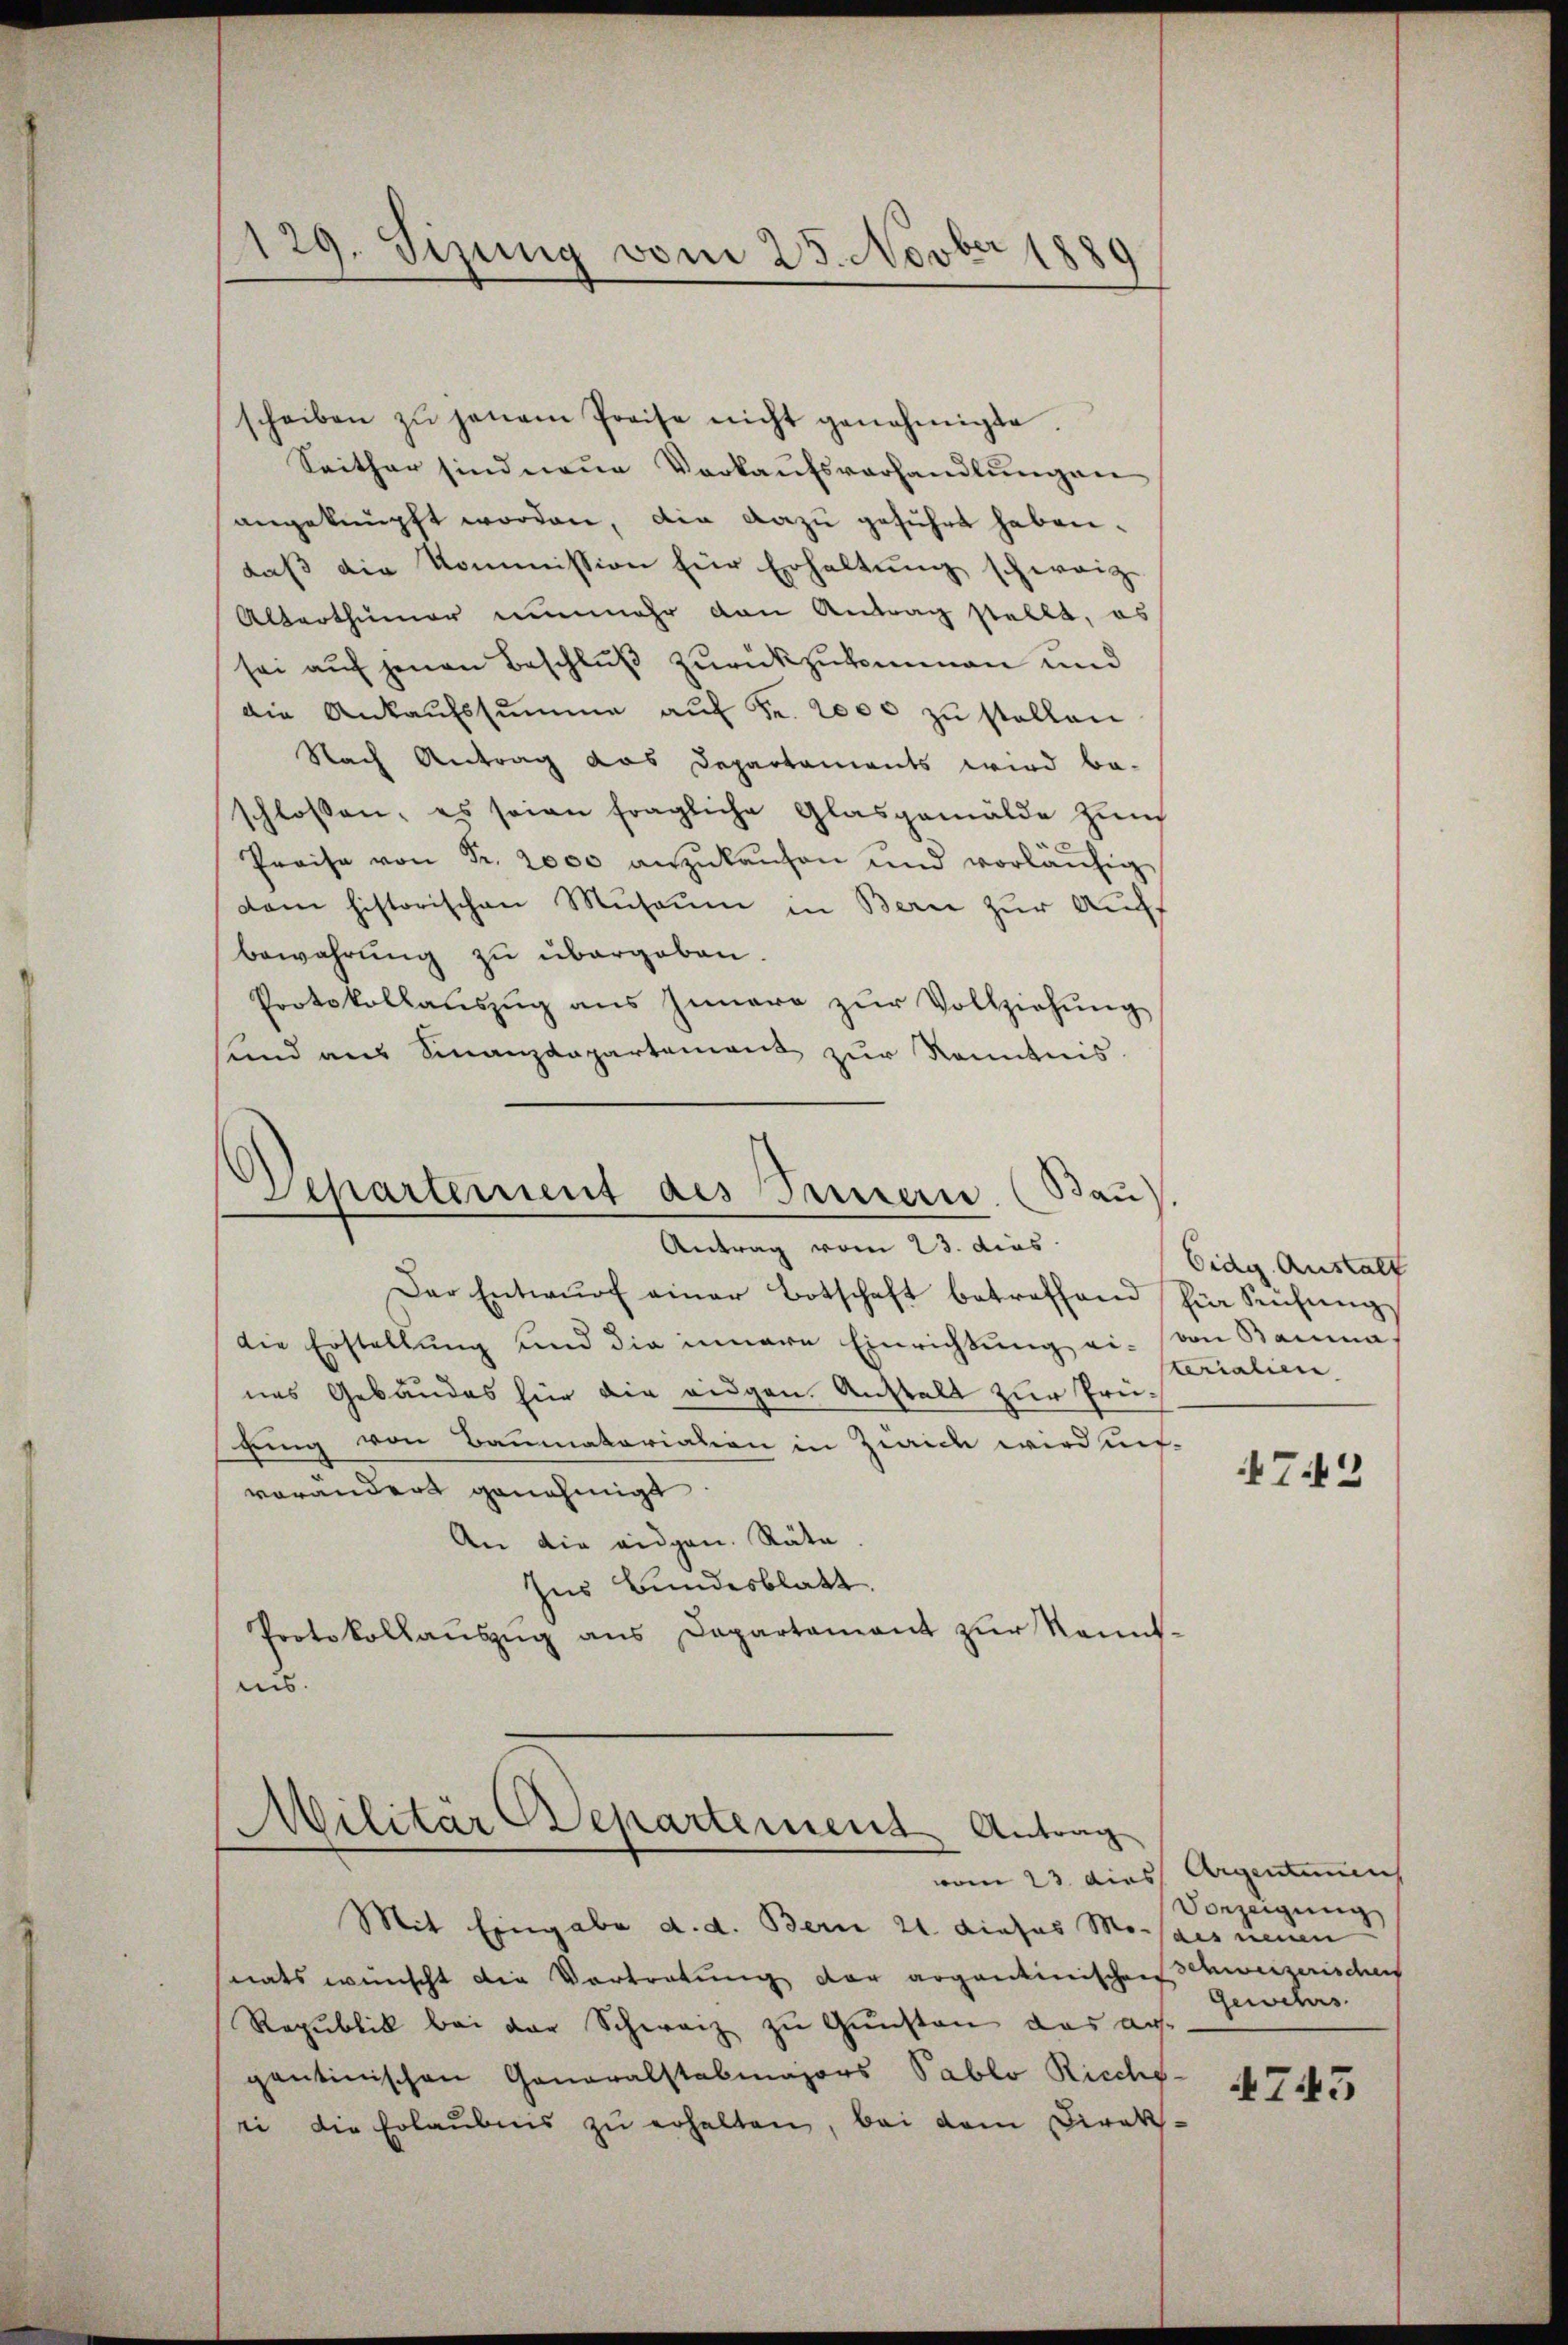
129. Sizung vom 25. Novber 188

scheiben zŭ jenem Preise nicht genehmigte.
Seither sind neue Verkaufsverhandlungen
angeknüpft worden, die dazu geführt haben.
daß die Kommission für Erhaltung schweize
Alterthümer nunmehr den Antrag stellt, es
sei auf jenen Beschluß zurückzukommen und
die Ankaŭfssumme aŭf Fr. 2000 zu stellen
Nach Antrag das Departaments wird be-
schlossen, es seien fragliche Glasgemälde zur
Preise von Fr. 2000 anzŭkaŭfen und vorläŭfig
dam historischen Museum in Bern zur Auff
bewahrung zu übergeben.
Protokollaŭszŭg ans Innere zŭr Vollziehŭng
sund aus Finanzdepartement zur Kenntnis

Bau
Separtement des Seiterne
Antrag vom 23. dies

Der Entwŭrf einer Botschaft betreffend hier Schŭngs
die Erstellŭng und die innere Einrichtŭng ein von Bauma.
nes Gebäudes für die eigen. Anstalt zur Prügung von Baumatoriation in Zwick wird un-
vorandert genehmigt.
An die eidgen. Räte
Ins Bundesblatt.
Protokollaŭszŭg ans Departement zŭr kannt-
uns.

Militär Departemens Antrag

vom 23. dies
Mit Eingabe d. d. Bern 21. dieses Mosais neuen
tats wünscht die Vortretung der argantinischen Schweizerischens
Republik bei der Schweiz zu Gunsten das aus-
gantinischen Generalstabmajors Pablo Ricchs-
ei die Erlaubnis zŭ erhalten, bei dem Direk-

Eidg. Aushalt
sterialien

47.42

Argentums
Vorzeigung
Gewehrs

4743